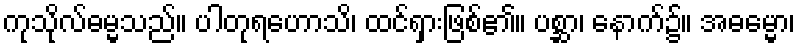
ကုသိုလ်ဓမ္မသည်။ ပါတုရဟောသိ၊ ထင်ရှားဖြစ်၏။ ပစ္ဆာ၊ နောက်၌။ အဓမ္မော၊